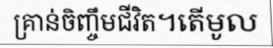
គ្រាន់ចិញ្ចឹមជីវិត។តើមូល